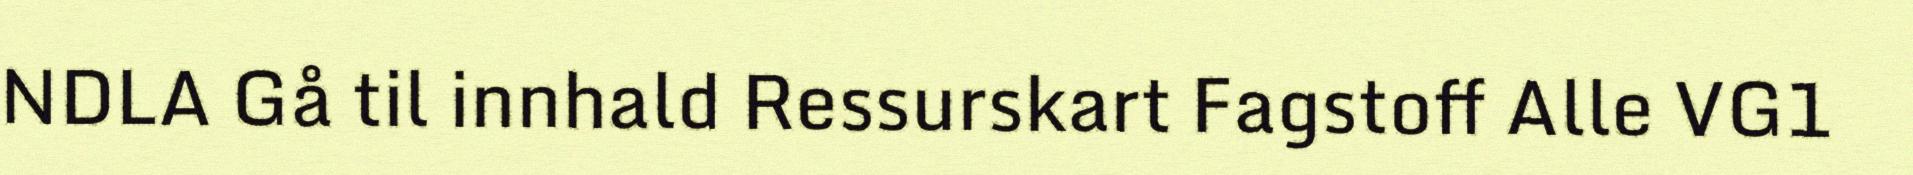
NDLA Gå til innhald Ressurskart Fagstoff Alle VG1